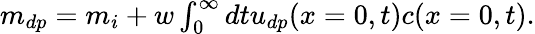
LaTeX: \begin{array}{r}{m_{dp}=m_{i}+w\int_{0}^{\infty}dtu_{dp}(x=0,t)c(x=0,t).}\end{array}